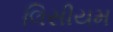
લિસીયમ